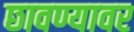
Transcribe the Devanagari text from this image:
छावण्यावर